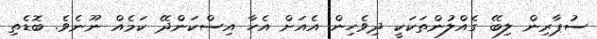
ސުޕާރިން ލިބޭ ގެއްލުންތަކަކީ ދިވެހިން އެއަށް އެހާ އިސްކަންދޭ ކަމެއް ނޫނެވެ. ބޮޑެތި